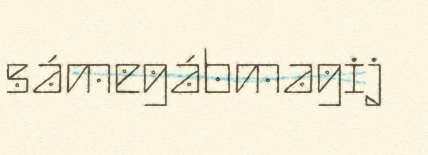
sámegábmagij